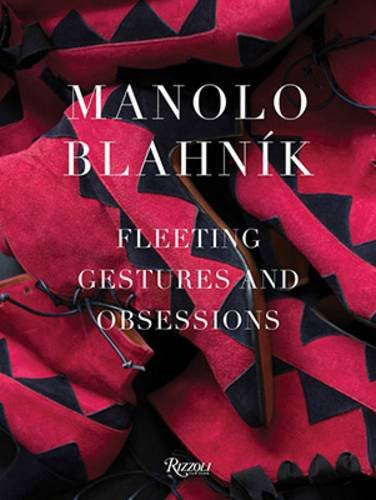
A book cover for Manolo Blahnik: Fleeting Gestures and Obsessions; Manolo Blahnik; Humor & Entertainment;